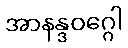
အာနန္ဒဝဂ္ဂေါ